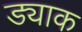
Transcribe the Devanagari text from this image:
ड्याक